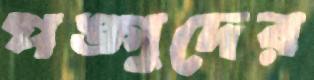
পঙ্গুদের